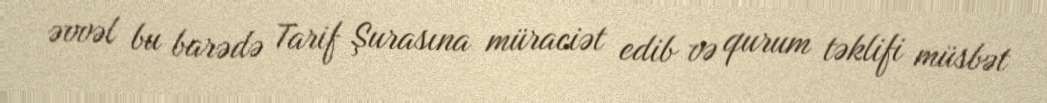
əvvəl bu barədə Tarif Şurasına müraciət edib və qurum təklifi müsbət